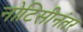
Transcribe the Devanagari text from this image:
नोटिसीनंतर